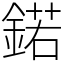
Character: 鍩